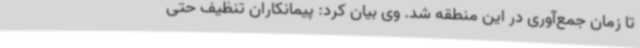
تا زمان جمع‌آوری در این منطقه شد. وی بیان کرد: پیمانکاران تنظیف حتی